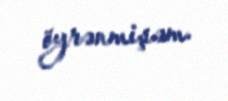
öyrənmişəm.